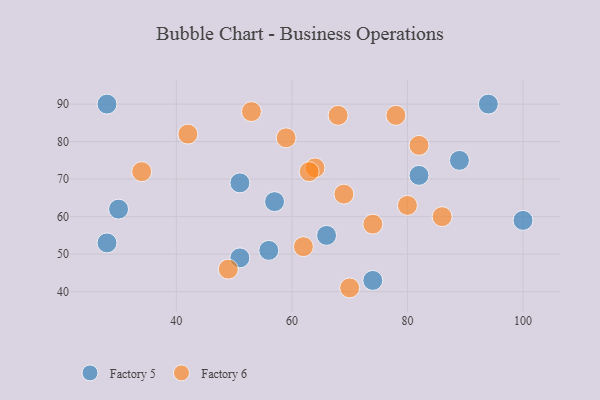
{"axis": {"x": "GDP", "y": "Life Expectancy"}, "legend": ["Factory 5", "Factory 6"], "data": [{"x": "51", "y": 69, "type": "Factory 5"}, {"x": "89", "y": 75, "type": "Factory 5"}, {"x": "94", "y": 90, "type": "Factory 5"}, {"x": "28", "y": 90, "type": "Factory 5"}, {"x": "56", "y": 51, "type": "Factory 5"}, {"x": "30", "y": 62, "type": "Factory 5"}, {"x": "82", "y": 71, "type": "Factory 5"}, {"x": "51", "y": 49, "type": "Factory 5"}, {"x": "28", "y": 53, "type": "Factory 5"}, {"x": "74", "y": 43, "type": "Factory 5"}, {"x": "66", "y": 55, "type": "Factory 5"}, {"x": "57", "y": 64, "type": "Factory 5"}, {"x": "100", "y": 59, "type": "Factory 5"}, {"x": "69", "y": 66, "type": "Factory 6"}, {"x": "80", "y": 63, "type": "Factory 6"}, {"x": "59", "y": 81, "type": "Factory 6"}, {"x": "86", "y": 60, "type": "Factory 6"}, {"x": "82", "y": 79, "type": "Factory 6"}, {"x": "49", "y": 46, "type": "Factory 6"}, {"x": "62", "y": 52, "type": "Factory 6"}, {"x": "53", "y": 88, "type": "Factory 6"}, {"x": "74", "y": 58, "type": "Factory 6"}, {"x": "70", "y": 41, "type": "Factory 6"}, {"x": "64", "y": 73, "type": "Factory 6"}, {"x": "42", "y": 82, "type": "Factory 6"}, {"x": "78", "y": 87, "type": "Factory 6"}, {"x": "63", "y": 72, "type": "Factory 6"}, {"x": "34", "y": 72, "type": "Factory 6"}, {"x": "68", "y": 87, "type": "Factory 6"}]}